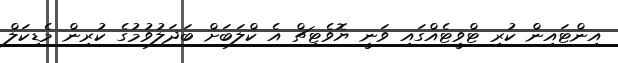
އިންޓައިން ކުރި ޓްވީޓެއްގައި ވަނީ ޔޮވެޓިޗް އެ ކްލަބަށް ބަދަލުވުމުގެ ކުރިން މެޑިކަލް